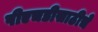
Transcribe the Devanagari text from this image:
पीएचडीसाठीचे